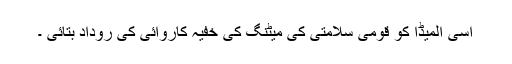
اسی المیڈا کو قومی سلامتی کی میٹنگ کی خفیہ کاروائی کی روداد بتائی ۔